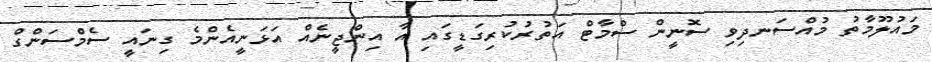
މައުލޫމާތު މުއްސަނދިވި ސޮނީން ސްމާޓް އަތުރުކުރިގަޑީގައި އާ އިންޖީނެއް އަޅަނީއެންމެ ގިނައީ ސެމްސަންގް